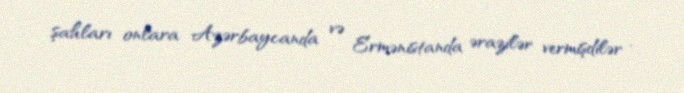
şahları onlara Azərbaycanda və Ermənistanda ərazilər vermişdilər .